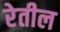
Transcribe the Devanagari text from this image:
रेतील